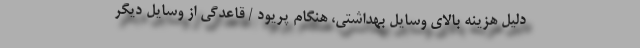
دلیل هزینه بالای وسایل بهداشتی، هنگام پریود / قاعدگی از وسایل دیگر